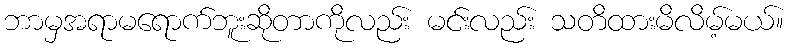
ဘာမှအရာမရောက်ဘူးဆိုတာကိုလည်း မင်းလည်း သတိထားမိလိမ့်မယ်။